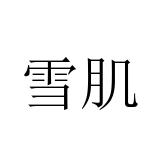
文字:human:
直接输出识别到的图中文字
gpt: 雪肌